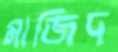
মাজিদ